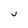
Character: v